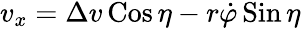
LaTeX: \begin{array}{r}{v_{x}=\Delta v\operatorname{Cos}\eta-r\dot{\varphi}\operatorname{Sin}\eta}\end{array}